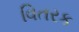
વિતરક